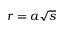
r = a \sqrt { s }